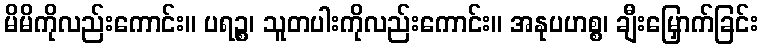
မိမိကိုလည်းကောင်း။ ပရဉ္စ၊ သူတပါးကိုလည်းကောင်း။ အနုပဟစ္စ၊ ချီးမြှောက်ခြင်း